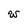
Character: w